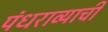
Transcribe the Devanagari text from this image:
पंधराव्याची